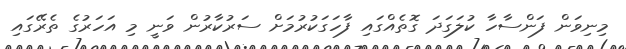
މިނިވަން ފަންސާހާ ކުލަގަދަ ގޮތެއްގައި ފާހަގަކުރުމަށް ސަރުކާރުން ވަނީ މި އަހަރުގެ ތެރޭގައި